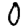
Digit: 0